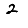
Digit: 2